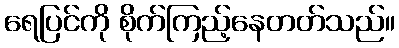
ရေပြင်ကို စိုက်ကြည့်နေတတ်သည်။